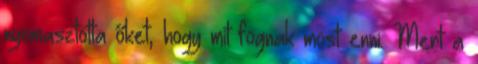
nyomasztotta őket, hogy mit fognak most enni. Mert a